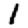
Digit: 1